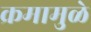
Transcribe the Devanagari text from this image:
क्रमामुळे